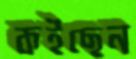
কইছেন